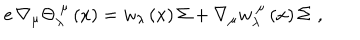
e \, \nabla _ { \mu } \Theta _ { \lambda } ^ { ~ \mu } \left( x \right) = w _ { \lambda } \left( x \right) \Sigma + \nabla _ { \mu } w _ { \lambda } ^ { ~ \mu } \left( x \right) \Sigma \, \, ,